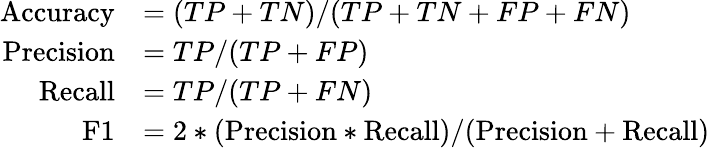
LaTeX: \begin{array}{rl}{\mathrm{Accuracy}}&{=(TP+TN)/(TP+TN+FP+FN)}\\ {\mathrm{Precision}}&{=TP/(TP+FP)}\\ {\mathrm{Recall}}&{=TP/(TP+FN)}\\ {\mathrm{F1}}&{=2*(\mathrm{Precision}*\mathrm{Recall})/({\mathrm{Precision}+\mathrm{Recall}})}\end{array}